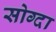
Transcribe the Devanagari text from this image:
सोग्दा